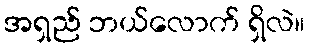
အရှည် ဘယ်လောက် ရှိလဲ။